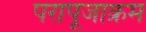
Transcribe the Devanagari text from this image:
परापूजाक्रम